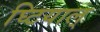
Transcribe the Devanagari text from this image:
घ्टियाल्